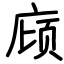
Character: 庼